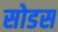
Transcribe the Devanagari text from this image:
सोडस